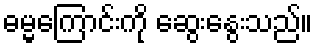
ဓမ္မကြောင်းကို ဆွေးနွေးသည်။